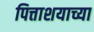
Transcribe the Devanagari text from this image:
पित्ताशयाच्या